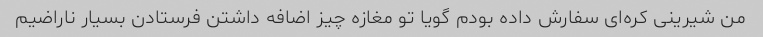
من شیرینی کره‌ای سفارش داده بودم گویا تو مغازه چیز اضافه داشتن فرستادن بسیار ناراضیم